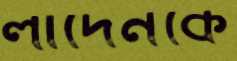
লাদেনকে